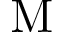
\mathrm { M }